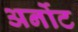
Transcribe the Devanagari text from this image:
अर्नोट